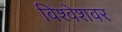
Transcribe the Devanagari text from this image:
विश्वेशवर